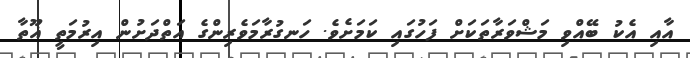
އާއި އެކު ބޭއްވި މަޝްވަރާތަކަަށް ފަހުގައި ކަމަށެވެ. ހަނގުރާމަވެރިންގެ އަތްދަށުން އިރުމަތީ ޣޫތާ